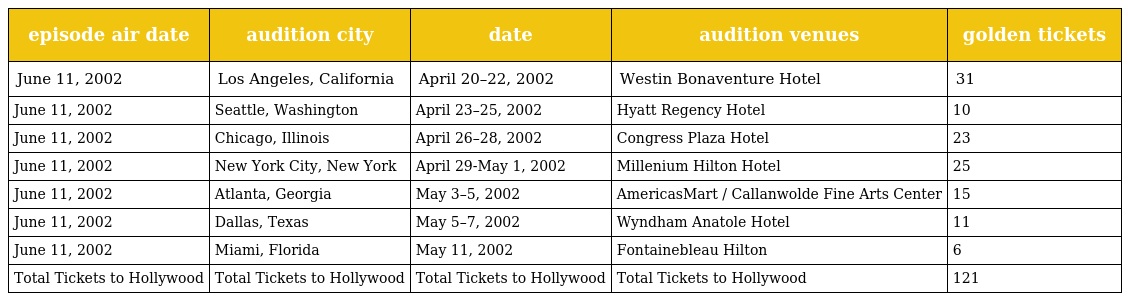
| episode air date | audition city | date | audition venues | golden tickets |
 | --- | --- | --- | --- | --- |
 | June 11, 2002 | Los Angeles, California | April 20–22, 2002 | Westin Bonaventure Hotel | 31 |
 | June 11, 2002 | Seattle, Washington | April 23–25, 2002 | Hyatt Regency Hotel | 10 |
 | June 11, 2002 | Chicago, Illinois | April 26–28, 2002 | Congress Plaza Hotel | 23 |
 | June 11, 2002 | New York City, New York | April 29-May 1, 2002 | Millenium Hilton Hotel | 25 |
 | June 11, 2002 | Atlanta, Georgia | May 3–5, 2002 | AmericasMart / Callanwolde Fine Arts Center | 15 |
 | June 11, 2002 | Dallas, Texas | May 5–7, 2002 | Wyndham Anatole Hotel | 11 |
 | June 11, 2002 | Miami, Florida | May 11, 2002 | Fontainebleau Hilton | 6 |
 | Total Tickets to Hollywood | Total Tickets to Hollywood | Total Tickets to Hollywood | Total Tickets to Hollywood | 121 |